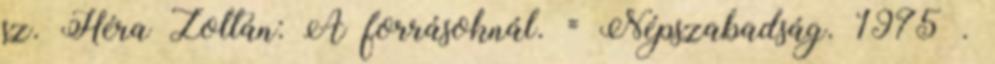
sz. Héra Zoltán: A forrásoknál. = Népszabadság. 1975 .